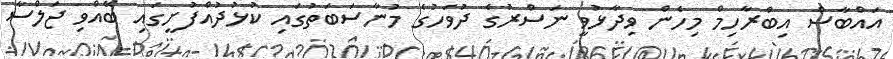
އައްބާސް އިބްރާހިމް މިހެން ވިދާޅުވީ ނަސްރުގެ ދުވަހުގެ މުނާސަބަތުގައި ކުޅުދުއްފުށީގައި ބޭއްވި ޖަލްސާ